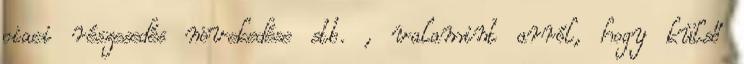
piaci részesedés növekedése stb. , valamint arról, hogy külső